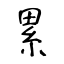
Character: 累